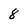
Character: 8